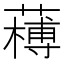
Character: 𦼭